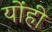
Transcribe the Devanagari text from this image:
योंही